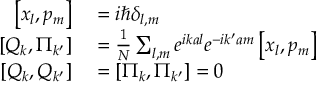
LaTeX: \begin{array} { r l } { \left[ x _ { l } , p _ { m } \right] } & { { } = i \hbar \delta _ { l , m } } \\ { \left[ Q _ { k } , \Pi _ { k ^ { \prime } } \right] } & { { } = { \frac { 1 } { N } } \sum _ { l , m } e ^ { i k a l } e ^ { - i k ^ { \prime } a m } \left[ x _ { l } , p _ { m } \right] } \\ { \left[ Q _ { k } , Q _ { k ^ { \prime } } \right] } & { { } = \left[ \Pi _ { k } , \Pi _ { k ^ { \prime } } \right] = 0 } \end{array}